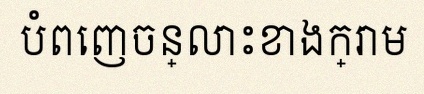
បំពេញចន្លោះខាងក្រោម